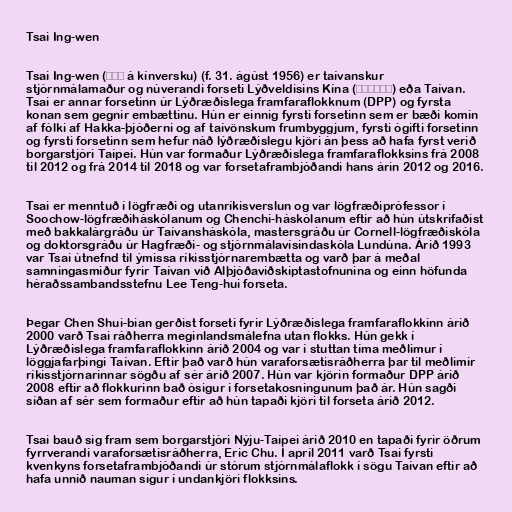
Tsai Ing-wen

Tsai Ing-wen (蔡英文 á kínversku) (f. 31. ágúst 1956) er taívanskur
stjórnmálamaður og núverandi forseti Lýðveldisins Kína (中華民國總統) eða Taívan.
Tsai er annar forsetinn úr Lýðræðislega framfaraflokknum (DPP) og fyrsta
konan sem gegnir embættinu. Hún er einnig fyrsti forsetinn sem er bæði komin
af fólki af Hakka-þjóðerni og af taívönskum frumbyggjum, fyrsti ógifti forsetinn
og fyrsti forsetinn sem hefur náð lýðræðislegu kjöri án þess að hafa fyrst verið
borgarstjóri Taípei. Hún var formaður Lýðræðislega framfaraflokksins frá 2008
til 2012 og frá 2014 til 2018 og var forsetaframbjóðandi hans árin 2012 og 2016.

Tsai er menntuð í lögfræði og utanríkisverslun og var lögfræðiprófessor í
Soochow-lögfræðiháskólanum og Chenchi-háskólanum eftir að hún útskrifaðist
með bakkalárgráðu úr Taívansháskóla, mastersgráðu úr Cornell-lögfræðiskóla
og doktorsgráðu úr Hagfræði- og stjórnmálavísindaskóla Lundúna. Árið 1993
var Tsai útnefnd til ýmissa ríkisstjórnarembætta og varð þar á meðal
samningasmiður fyrir Taívan við Alþjóðaviðskiptastofnunina og einn höfunda
héraðssambandsstefnu Lee Teng-hui forseta.

Þegar Chen Shui-bian gerðist forseti fyrir Lýðræðislega framfaraflokkinn árið
2000 varð Tsai ráðherra meginlandsmálefna utan flokks. Hún gekk í
Lýðræðislega framfaraflokkinn árið 2004 og var í stuttan tíma meðlimur í
löggjafarþingi Taívan. Eftir það varð hún varaforsætisráðherra þar til meðlimir
ríkisstjórnarinnar sögðu af sér árið 2007. Hún var kjörin formaður DPP árið
2008 eftir að flokkurinn bað ósigur í forsetakosningunum það ár. Hún sagði
síðan af sér sem formaður eftir að hún tapaði kjöri til forseta árið 2012.

Tsai bauð sig fram sem borgarstjóri Nýju-Taípei árið 2010 en tapaði fyrir öðrum
fyrrverandi varaforsætisráðherra, Eric Chu. Í apríl 2011 varð Tsai fyrsti
kvenkyns forsetaframbjóðandi úr stórum stjórnmálaflokk í sögu Taívan eftir að
hafa unnið nauman sigur í undankjöri flokksins.